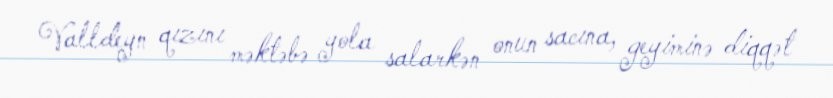
Valldeyn qızını məktəbə yola salarkən onun sacına, geyiminə diqqət